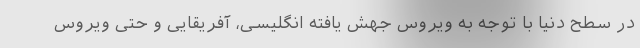
در سطح دنیا با توجه به ویروس جهش یافته انگلیسی، آفریقایی و حتی ویروس